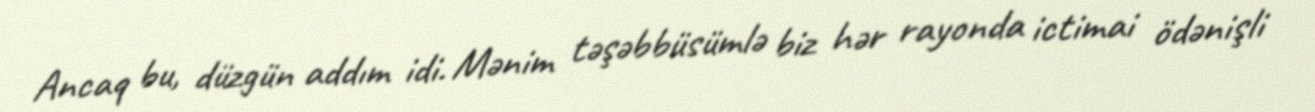
Ancaq bu, düzgün addım idi. Mənim təşəbbüsümlə biz hər rayonda ictimai ödənişli